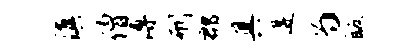
滇僧溥刑郡具遘为皈